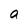
Character: a